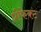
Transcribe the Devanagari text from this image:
प्रीफेक्ट